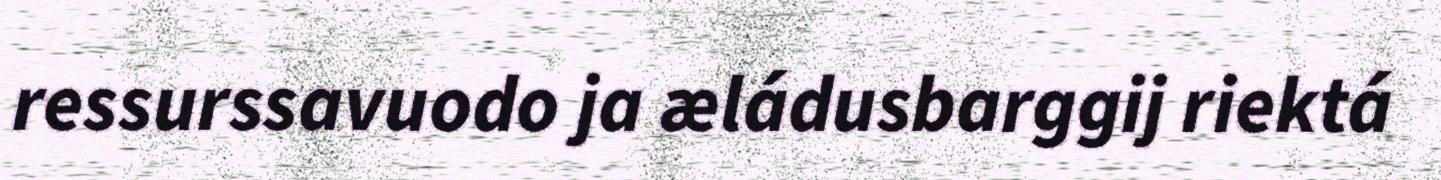
ressurssavuodo ja æládusbarggij riektá